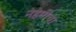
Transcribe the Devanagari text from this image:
नेहेमीचा